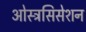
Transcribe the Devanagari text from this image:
ओस्त्रसिसेशन